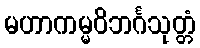
မဟာကမ္မဝိဘင်္ဂသုတ္တံ